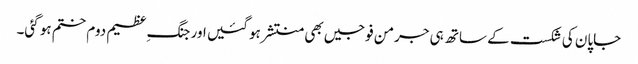
جاپان کی شکست کے ساتھ ہی جرمن فوجیں بھی منتشر ہو گئیں اور جنگ ِعظیم دوم ختم ہو گئی۔